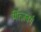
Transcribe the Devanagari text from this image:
मिंत्ज़बर्ग